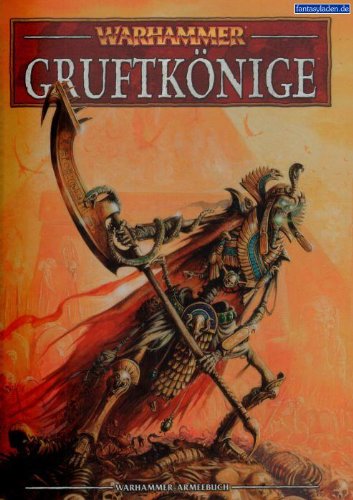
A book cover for Warhammer: Tomb Kings; Robin Cruddace; Science Fiction & Fantasy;